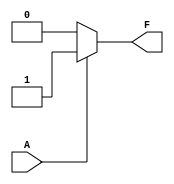
module single_variable_kmap (
    input wire A,      // Input variable
    output wire F      // Output based on K-map
);

// Define the outputs for the K-map
parameter F0 = 1'b0; // Define F(0) value
parameter F1 = 1'b1; // Define F(1) value

// Combinational logic to determine output F based on input A
assign F = (A == 1'b0) ? F0 : F1;

endmodule